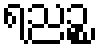
ရညဉ္စ